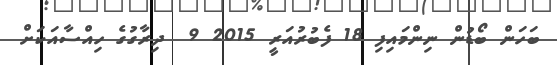
ބަހަން ބޯޑުން ނިންމައިފި 18 ފެބުރުއަރީ 2015 9  ދިރާގުގެ ހިއްސާއަކަށް